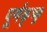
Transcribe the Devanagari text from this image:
पूर्णकृच्छ्र